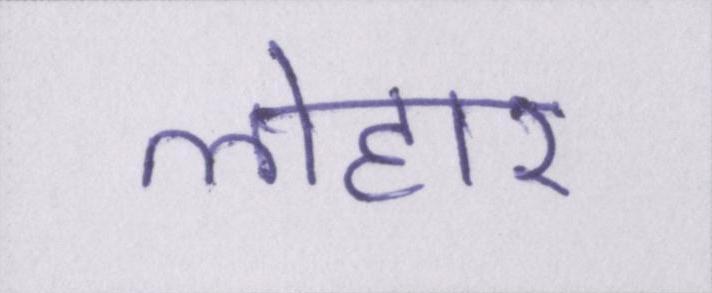
लोहार